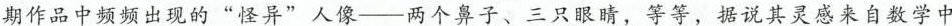
期作品中频频出现的”怪异”人像——两个鼻子、三只眼睛，等等，据说其灵感来自数学中